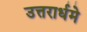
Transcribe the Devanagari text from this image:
उत्तरार्धमे